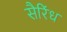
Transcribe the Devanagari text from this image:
सैरिंध